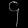
Digit: ၄